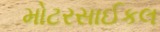
મોટરસાઈકલ